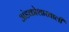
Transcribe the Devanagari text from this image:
अंडकोशाखाली